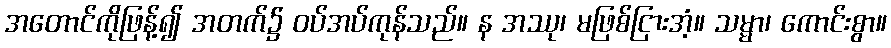
အတောင်ကိုဖြန့်၍ အတက်၌ ဝပ်အပ်ကုန်သည်။ န အဿု၊ မဖြစ်ငြားအံ့။ သမ္မာ၊ ကောင်းစွာ။